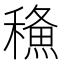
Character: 𥢦